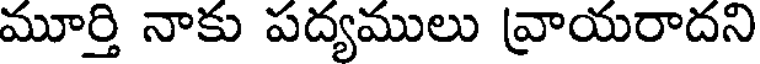
మూర్తి నాకు పద్యములు వ్రాయరాదని